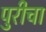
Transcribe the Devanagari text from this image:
पुरीचा